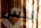
ليس